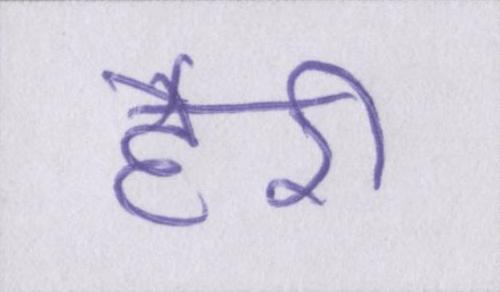
हैरी